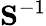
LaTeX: {\mathbf S}^{-1}